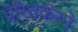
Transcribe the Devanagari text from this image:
प्रेरितकरने